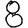
Digit: 8